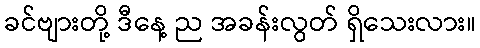
ခင်ဗျားတို့ ဒီနေ့ ည အခန်းလွတ် ရှိသေးလား။